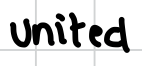
Text: United
Cross-out: clean
Writing tool: digital_black